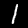
Label: 1